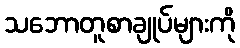
သဘောတူစာချုပ်များကို